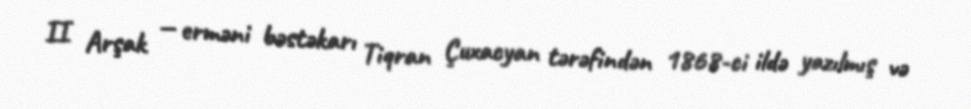
II Arşak — erməni bəstəkarı Tiqran Çuxacyan tərəfindən 1868-ci ildə yazılmış və